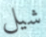
شيل